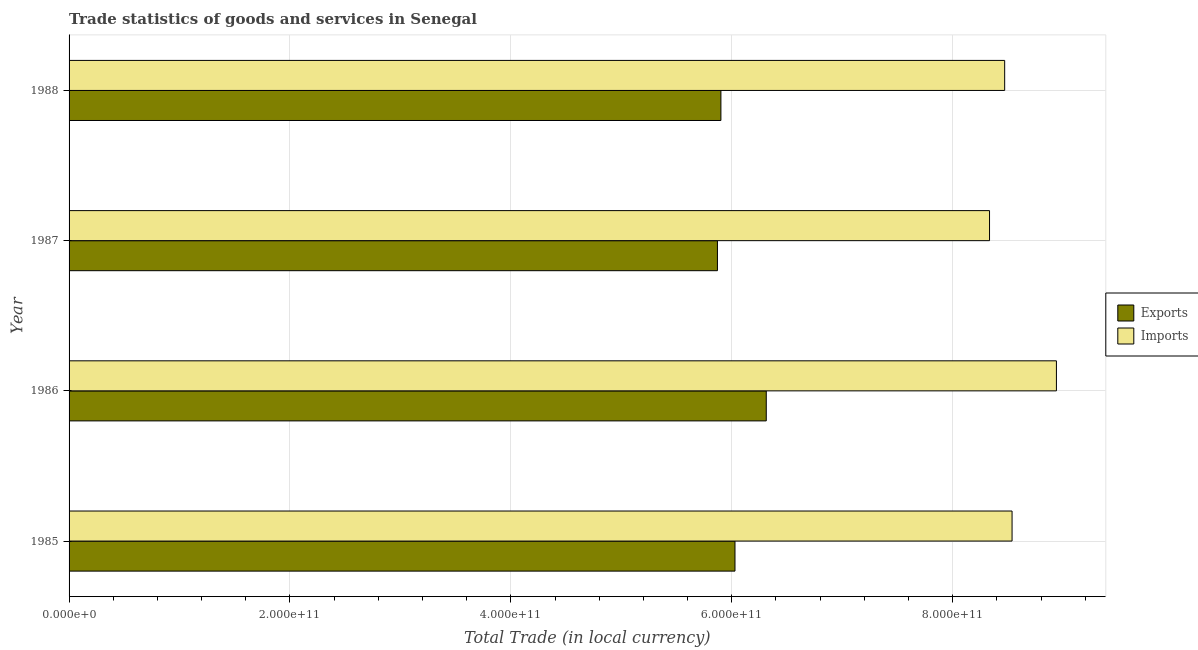
| Year | Exports | Imports |
 | --- | --- | --- |
 | 1985 | 6.03e+11 | 8.54e+11 |
 | 1986 | 6.31e+11 | 8.94e+11 |
 | 1987 | 5.87e+11 | 8.33e+11 |
 | 1988 | 5.9e+11 | 8.47e+11 |